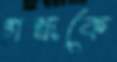
গন্ধকে